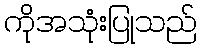
ကိုအသုံးပြုသည်